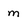
Character: m